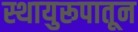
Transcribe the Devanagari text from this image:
स्थायुरूपातून